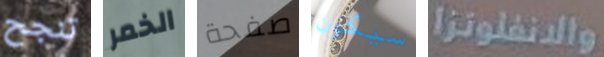
تنجح الخمر صفحة سيكون والانفلونزا